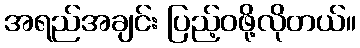
အရည်အချင်း ပြည့်ဝဖို့လိုတယ်။